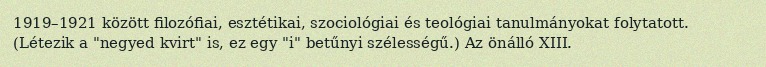
1919–1921 között filozófiai, esztétikai, szociológiai és teológiai tanulmányokat folytatott. (Létezik a "negyed kvirt" is, ez egy "i" betűnyi szélességű.) Az önálló XIII.